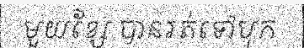
មួយខ្សែ បានរត់ទៅបុក